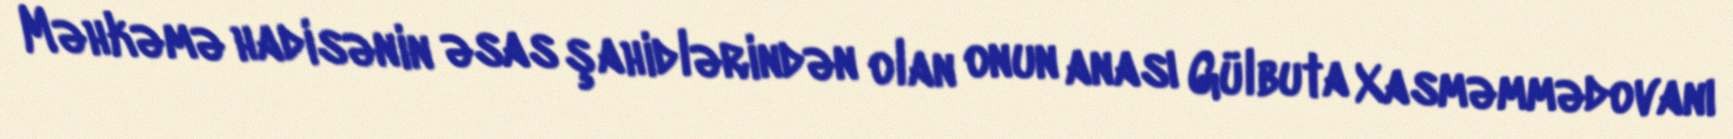
Məhkəmə hadisənin əsas şahidlərindən olan onun anası Gülbuta Xasməmmədovanı